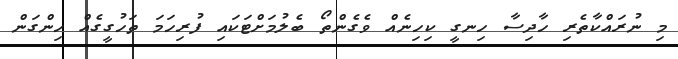
މި ނުރައްކާތެރި ހާދިސާ ހިނގީ ކިހިނެއް ވެގެންތޯ ބެލުމަށްޓަކައި ފުރިހަމަ ތަހުގީގެއް ހިންގަން